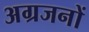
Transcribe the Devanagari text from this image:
अग्रजनों